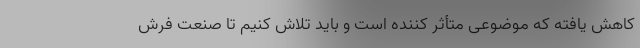
کاهش یافته که موضوعی متأثر کننده است و باید تلاش کنیم تا صنعت فرش